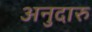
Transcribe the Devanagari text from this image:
अनुदारु